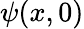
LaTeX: \psi(x,0)